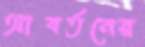
আবর্তনের